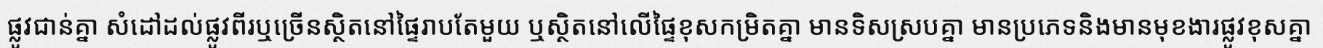
ផ្លូវជាន់គ្នា សំដៅដល់ផ្លូវពីរឬច្រើនស្ថិតនៅផ្ទៃរាបតែមួយ ឬស្ថិតនៅលើផ្ទៃខុសកម្រិតគ្នា មានទិសស្របគ្នា មានប្រភេទនិងមានមុខងារផ្លូវខុសគ្នា